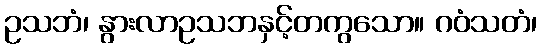
ဥသဘံ၊ နွားလာဥသဘနှင့်တကွသော။ ဂဝံသတံ၊